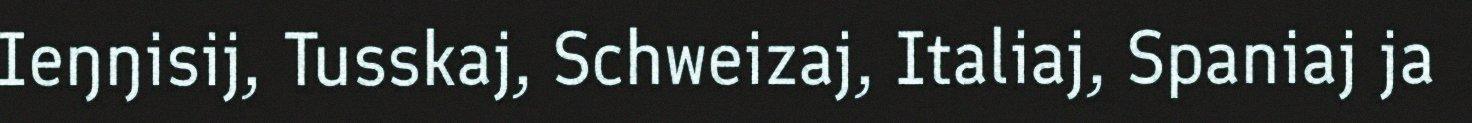
Ieŋŋisij, Tusskaj, Schweizaj, Italiaj, Spaniaj ja